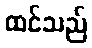
ထင်သည်